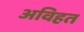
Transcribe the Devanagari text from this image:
अविहत